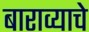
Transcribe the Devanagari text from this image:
बाराव्याचे